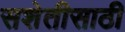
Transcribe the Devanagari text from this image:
सशेतीसाठी